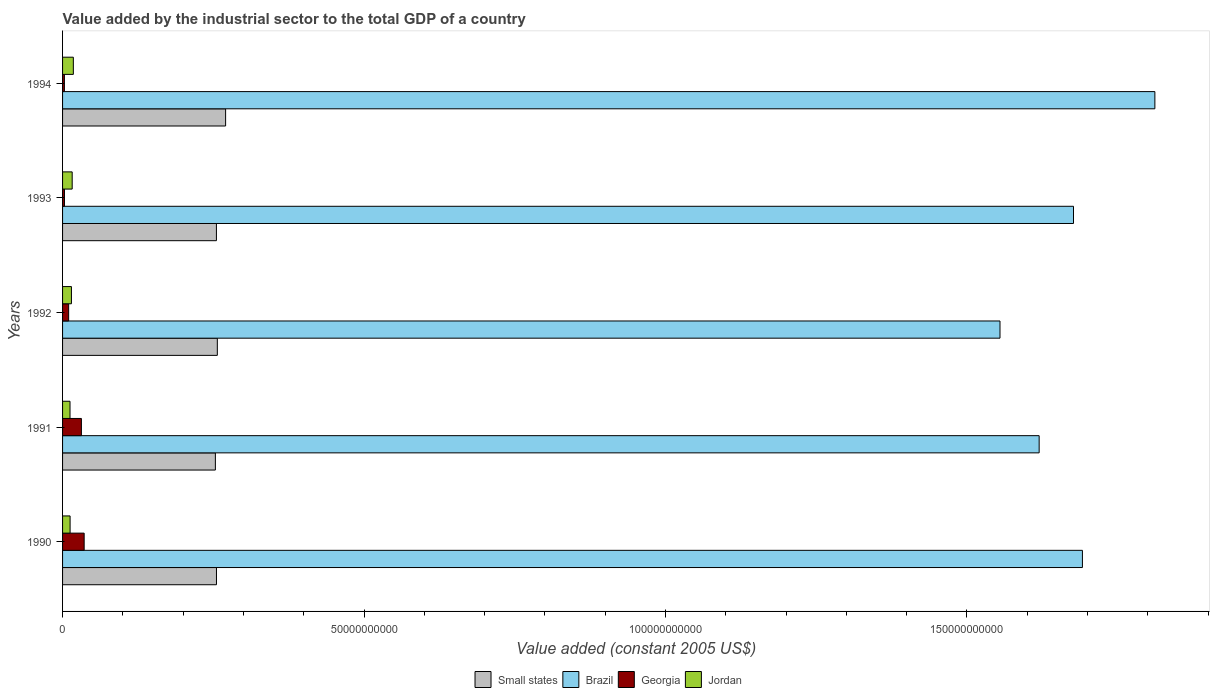
| Years | Small states | Brazil | Georgia | Jordan |
 | --- | --- | --- | --- | --- |
 | 1990 | 2.55e+10 | 1.69e+11 | 3.58e+09 | 1.25e+09 |
 | 1991 | 2.53e+10 | 1.62e+11 | 3.12e+09 | 1.23e+09 |
 | 1992 | 2.57e+10 | 1.55e+11 | 1.01e+09 | 1.47e+09 |
 | 1993 | 2.55e+10 | 1.68e+11 | 3.16e+08 | 1.6e+09 |
 | 1994 | 2.7e+10 | 1.81e+11 | 3.04e+08 | 1.79e+09 |